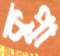
কুপা